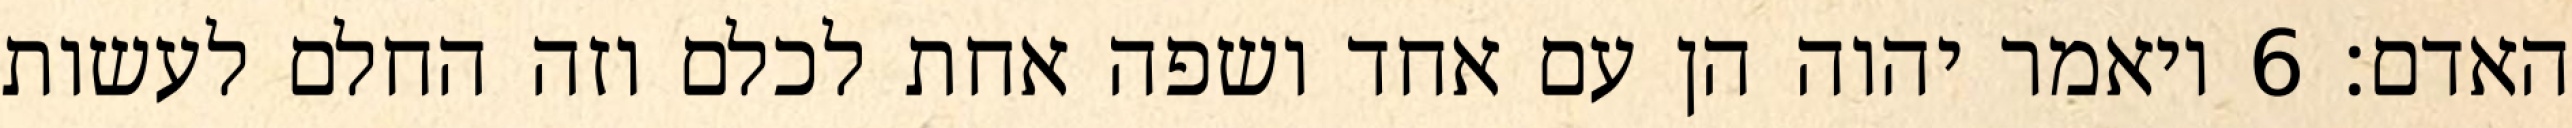
האדם׃ ‎6‏ ויאמר יהוה הן עם אחד ושפה אחת לכלם וזה החלם לעשות